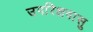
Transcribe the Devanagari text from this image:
उपरिक्षवासु